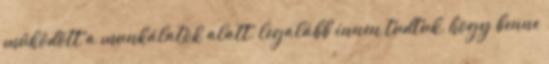
működött a munkálatok alatt, legalább innen tudtuk, hogy benne